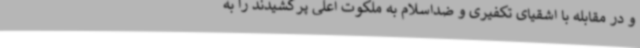
و در مقابله با اشقیای تکفیری و ضداسلام به ملکوت اعلی پرکشیدند را به